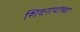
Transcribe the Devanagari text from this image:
शिवरायांच्या